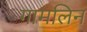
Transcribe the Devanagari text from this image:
गामलिन